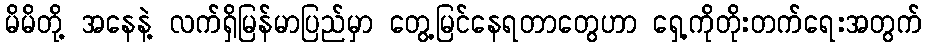
မိမိတို့ အနေနဲ့ လက်ရှိမြန်မာပြည်မှာ တွေ့မြင်နေရတာတွေဟာ ရှေ့ကိုတိုးတက်ရေးအတွက်